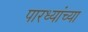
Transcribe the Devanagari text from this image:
पारध्यांच्या